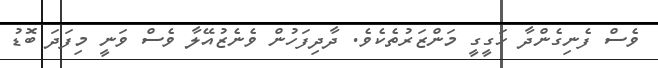
ވެސް ފެނިގެންދާ ހަގީގީ މަންޒަރުތެކެވެ. ދާދިފަހުން ވެނެޒުއޭލާ ވެސް ވަނީ މިފަދަ ބޮޑު